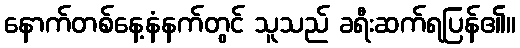
နောက်တစ်နေ့နံနက်တွင် သူသည် ခရီးဆက်ရပြန်၏။